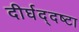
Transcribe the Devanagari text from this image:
दीर्घद्दष्टा